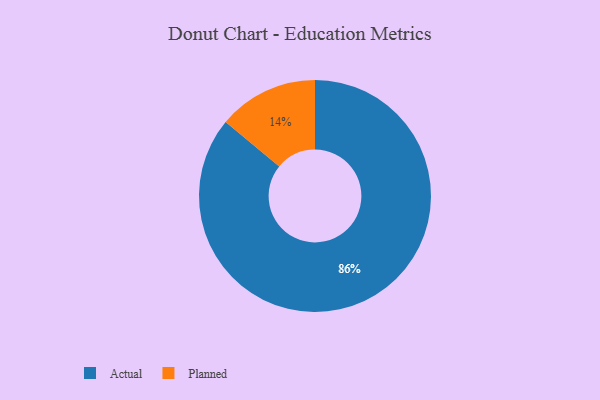
{"axis": {"x": "Category", "y": "Percentage"}, "legend": ["Actual", "Planned"], "data": [{"x": "Planned", "y": 14, "type": "Planned"}, {"x": "Actual", "y": 86, "type": "Actual"}]}